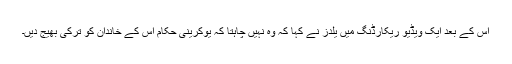
اس کے بعد ایک ویڈیو ریکارڈنگ میں یلدز نے کہا کہ وہ نہیں چاہتا کہ یوکرینی حکام اس کے خاندان کو ترکی بھیج دیں۔